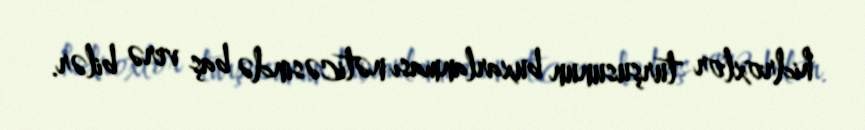
hidroxlor turşusunun buxarlanması nəticəsində baş verə bilər.